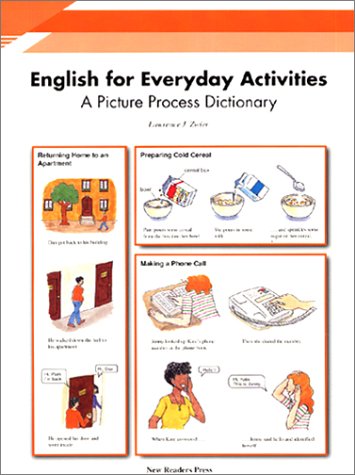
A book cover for English for Everyday Activities: A Picture Process Dictionary; Lawrence J. Zwier; Teen & Young Adult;